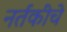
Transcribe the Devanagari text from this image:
नर्तकींचे